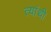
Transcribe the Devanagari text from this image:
त्यांथी